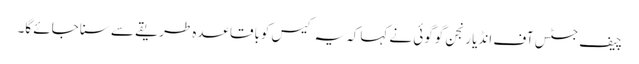
چیف جسٹس آف انڈیا رنجن گوگوئی نے کہاکہ یہ کیس کوباقاعدہ طریقے سے سنا جائے گا۔